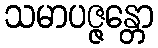
သမာပဇ္ဇန္တော